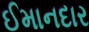
ઈમાનદાર